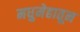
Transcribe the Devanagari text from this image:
मधुमेहातून